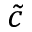
\tilde { c }